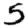
Digit: 5